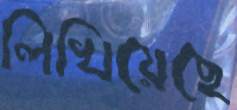
লিখিয়েছে